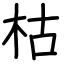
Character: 枯